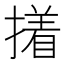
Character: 撯